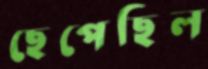
ছেপেছিল